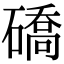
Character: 礄